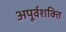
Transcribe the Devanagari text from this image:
अपूर्वशक्ति